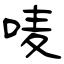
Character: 唛